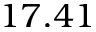
1 7 . 4 1